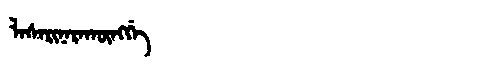
Manchu: ᠯᠠᠰᠠᡵᡳᠨᠠᡵᠠᡴᡡᠩᡤᡝ
Romanization: LASARINARAKŪNGGE